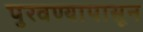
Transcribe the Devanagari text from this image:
पुरवण्यापासून